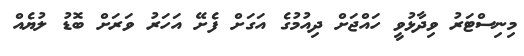
މިނިސްޓަރު ވިދާޅުވީ ހައްޖަށް ދިއުމުގެ އަގަށް ފެށޭ އަހަރު ވަރަށް ބޮޑު ލުޔެއް